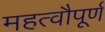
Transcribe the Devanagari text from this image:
महत्वौपूर्ण